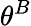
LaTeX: \theta^{B}